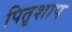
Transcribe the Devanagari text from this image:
पितृशाप